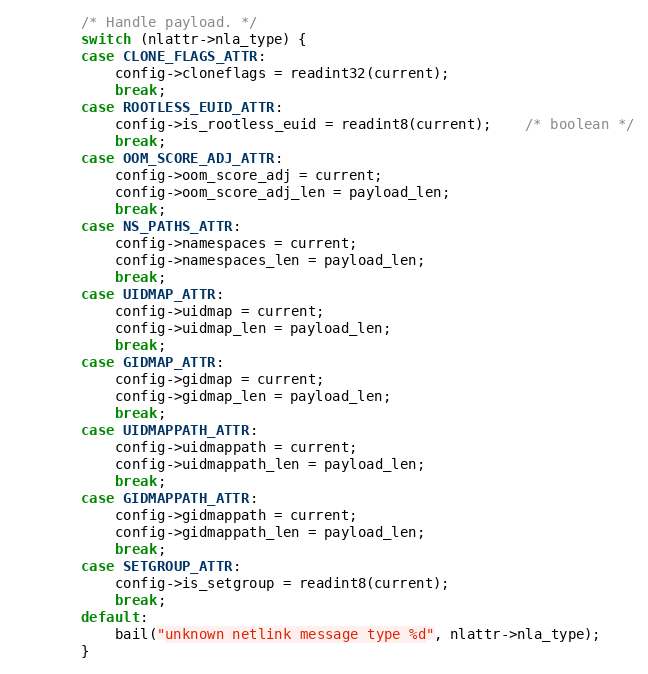
Language: C
		/* Handle payload. */
		switch (nlattr->nla_type) {
		case CLONE_FLAGS_ATTR:
			config->cloneflags = readint32(current);
			break;
		case ROOTLESS_EUID_ATTR:
			config->is_rootless_euid = readint8(current);	/* boolean */
			break;
		case OOM_SCORE_ADJ_ATTR:
			config->oom_score_adj = current;
			config->oom_score_adj_len = payload_len;
			break;
		case NS_PATHS_ATTR:
			config->namespaces = current;
			config->namespaces_len = payload_len;
			break;
		case UIDMAP_ATTR:
			config->uidmap = current;
			config->uidmap_len = payload_len;
			break;
		case GIDMAP_ATTR:
			config->gidmap = current;
			config->gidmap_len = payload_len;
			break;
		case UIDMAPPATH_ATTR:
			config->uidmappath = current;
			config->uidmappath_len = payload_len;
			break;
		case GIDMAPPATH_ATTR:
			config->gidmappath = current;
			config->gidmappath_len = payload_len;
			break;
		case SETGROUP_ATTR:
			config->is_setgroup = readint8(current);
			break;
		default:
			bail("unknown netlink message type %d", nlattr->nla_type);
		}